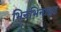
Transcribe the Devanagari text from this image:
भिनभिनाहट